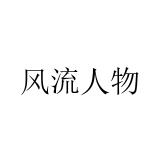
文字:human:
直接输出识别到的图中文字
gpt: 风流人物